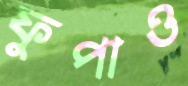
ফুপাও